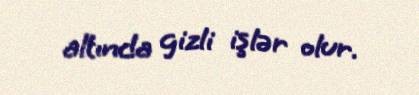
altında gizli işlər olur.